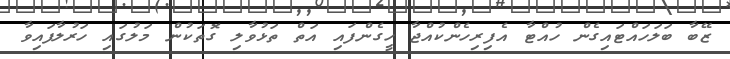
ޒޭބާ ބަލަހައްޓައިގެން ހުއްޓާ އެފިރިހެންކުއްޖާ ހީގެންފައި އަތް ތަޅުވާލި ގޮތަކުން މަލުގައި ހަރުލާފައިވާ